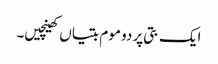
ایک بتی پر دو موم بتیاں کھینچیں۔